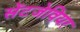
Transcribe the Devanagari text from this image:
सेंटजेवियर